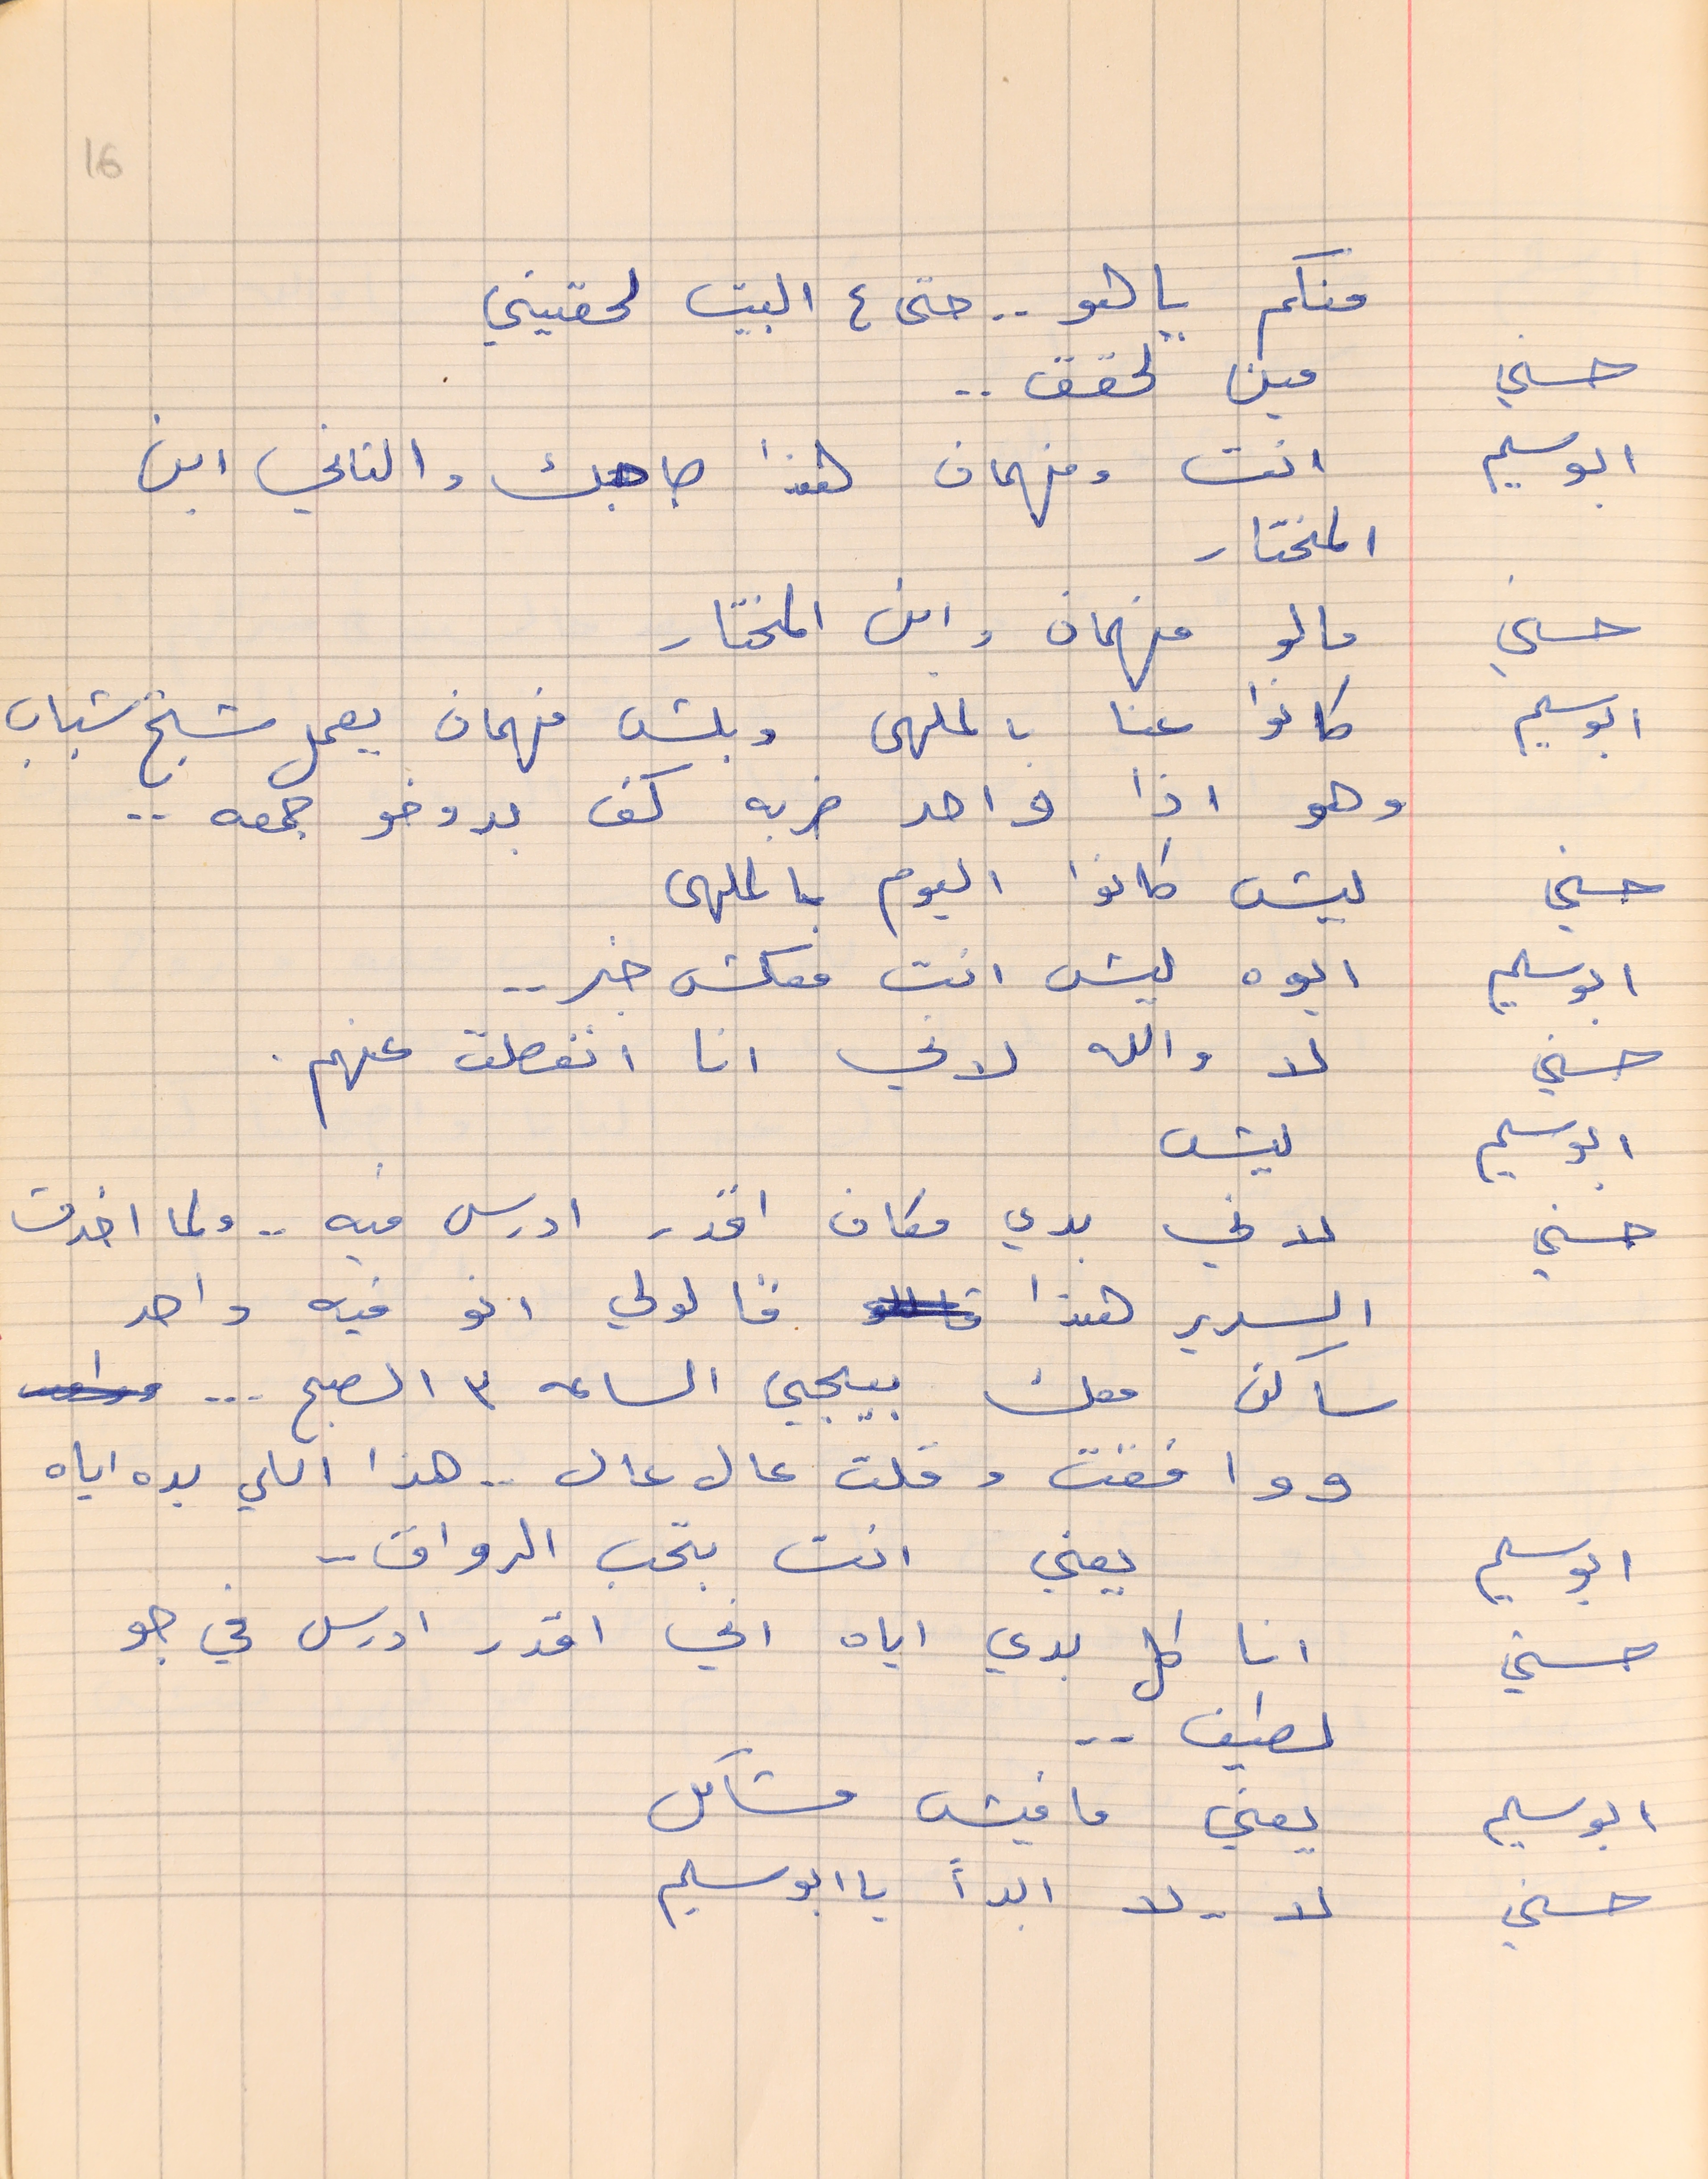
منكم يا هو  . .  حتى ع البيت لحقيني
حسني        مين لحقق . .
ابو سليم     انت وفهمان هذا صاحبك والتاني ابن
المختار
ابو سليم    كانوا عنا بالملهى وبلش فهمان يعمل شيخ شباب
وهو اذا واحد ضربه كف بدوخو جمعه  . .
حسني        ليش كانوا اليوم بالملهى
ابو سليم     ايوه ليش انت معكش خبر . .
حسني       لا والله لوني انا انفصلت عنهم .
ابو سليم     ليش
حسني       لاني بدي مكان اقدر ادرس فيه . .  ولما اخدت
السرير هذا قالولي انو فيه واحد
ساكن معك بيجي الساعه ٣ الصبح ...
ووافقت وقلت عال عال . . هذا اللي بده اياه
ابو سليم     يعني انت بحب الرواق . .
حسني        انا كل بدي اياه اني اقدر ادرس في جو
لطيف . .
ابو سليم       يعني ما فيش مشاكل
حسني          لا  . . لا ابداً يا ابو سليم
16
حسني  ما لو فهمان وابن المختار